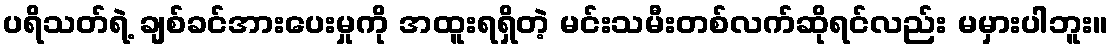
ပရိသတ်ရဲ့ ချစ်ခင်အားပေးမှုကို အထူးရရှိတဲ့ မင်းသမီးတစ်လက်ဆိုရင်လည်း မမှားပါဘူး။